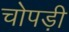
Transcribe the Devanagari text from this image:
चोपड़ी